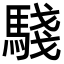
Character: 𩤊